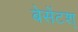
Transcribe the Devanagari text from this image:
बेसेंटश्